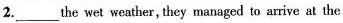
2.___ the wet weather, they managed to arrive at the